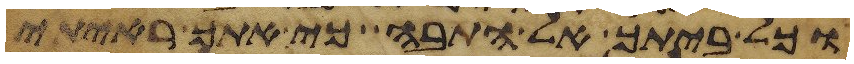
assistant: וכל ביתך אל התבה כי אתך ראיתי